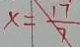
x = \frac { 1 7 } { 7 }